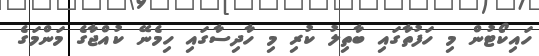
ހައިކޯޓުން މި ހަފުތާގައި ބާތިލު ކުރި މި ހާދިސާގައި ހިމެނޭ ކުއްޖާގެ މަންމަގެ